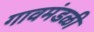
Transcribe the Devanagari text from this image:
गावमंडळी